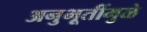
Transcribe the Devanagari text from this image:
अनुभूतींमुळे